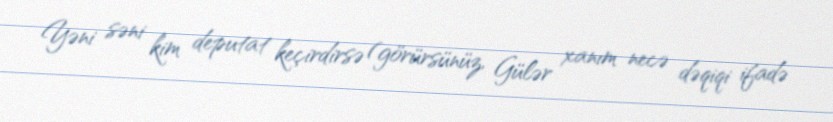
Yəni səni kim deputat keçirdirsə (görürsünüz, Gülər xanım necə dəqiqi ifadə